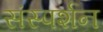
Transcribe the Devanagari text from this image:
संस्पर्शन